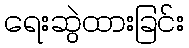
ရေးဆွဲထားခြင်း